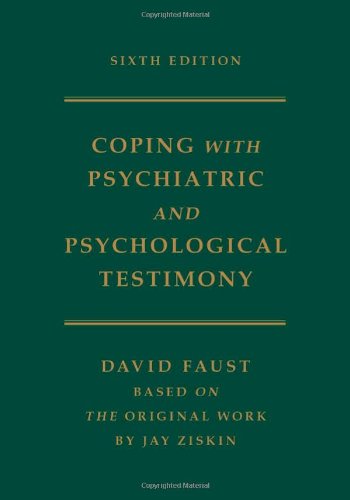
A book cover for Coping with Psychiatric and Psychological Testimony; David Faust; Medical Books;